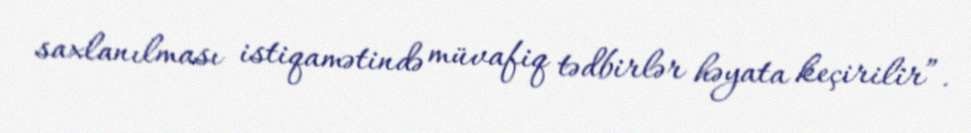
saxlanılması istiqamətində müvafiq tədbirlər həyata keçirilir”.